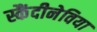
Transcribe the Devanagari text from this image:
स्कैंदीनेविया